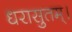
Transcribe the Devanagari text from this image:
धरासुतम्।